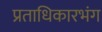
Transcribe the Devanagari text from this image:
प्रताधिकारभंग